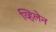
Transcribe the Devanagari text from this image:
व्हिलेन